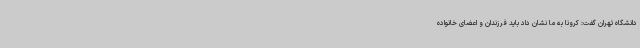
دانشگاه تهران گفت: کرونا به ما نشان داد باید فرزندان و اعضای خانواده